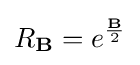
R_{\mathbf {B} }=e^{\frac {\mathbf {B} }{2}}